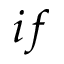
i f